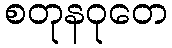
စတုနဝုတေ